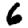
Digit: 6